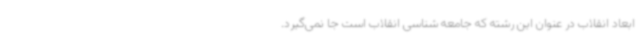
ابعاد انقلاب در عنوان این رشته که جامعه شناسی انقلاب است جا نمی‌گیرد.